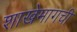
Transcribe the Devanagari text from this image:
शाखेमागची